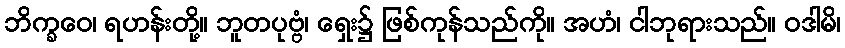
ဘိက္ခဝေ၊ ရဟန်းတို့။ ဘူတပုဗ္ဗံ၊ ရှေး၌ ဖြစ်ကုန်သည်ကို။ အဟံ၊ ငါဘုရားသည်။ ဝဒါမိ၊